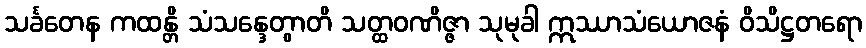
သင်္ခတေန ကထန္တိ သံသန္ဒေတွာတိ သတ္ထဝဏိဇ္ဇာ သုမုခါ ဣဿာသံယောဇနံ ဝိသိဋ္ဌတရော